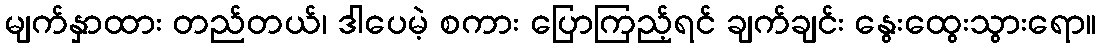
မျက်နှာထား တည်တယ်၊ ဒါပေမဲ့ စကား ပြောကြည့်ရင် ချက်ချင်း နွေးထွေးသွားရော။